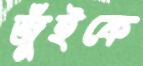
জুঁইকে